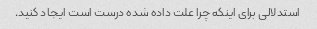
استدلالی برای اینکه چرا علت داده شده درست است ایجاد کنید.